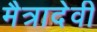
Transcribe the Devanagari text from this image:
मैत्रादेवी